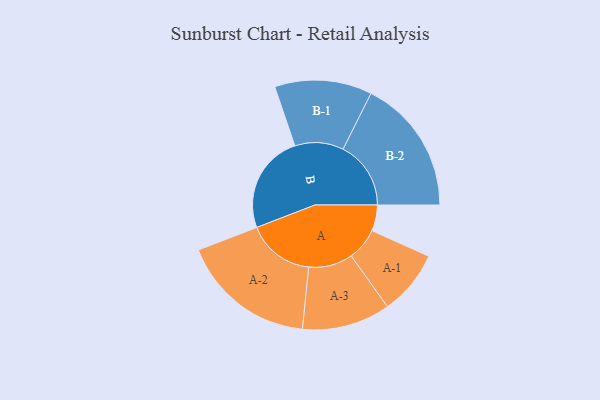
{"axis": {"x": "Segment", "y": "Value"}, "legend": ["", "A", "B"], "data": [{"x": "A", "y": 104, "type": ""}, {"x": "B", "y": 396, "type": ""}, {"x": "A-1", "y": 130, "type": "A"}, {"x": "A-2", "y": 271, "type": "A"}, {"x": "A-3", "y": 177, "type": "A"}, {"x": "B-1", "y": 195, "type": "B"}, {"x": "B-2", "y": 272, "type": "B"}]}